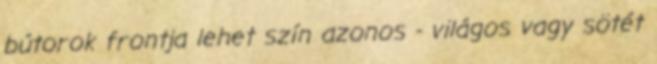
bútorok frontja lehet szín azonos - világos vagy sötét